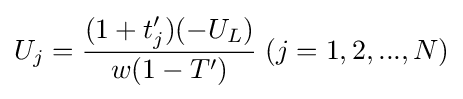
U_{j}={\frac {(1+t'_{j})(-U_{L})}{w(1-T')}}\;(j=1,2,...,N)